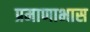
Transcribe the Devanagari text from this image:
प्रमाणाभास